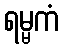
ရမ္မကံ